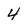
Character: 4